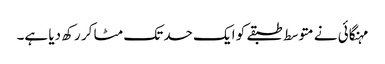
مہنگائی نے متوسط طبقے کو ایک حد تک مٹا کر رکھ دیا ہے۔